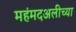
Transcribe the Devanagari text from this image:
महंमदअलीच्या